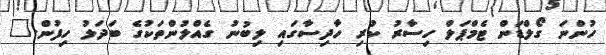
ހުންނަ ގޯލްޑަން ޓެމްޕަލް ހިސާރު ކުރި ހާދިސާގައި ލިބުނު ގެއްލުންތަކުގެ ބަދަލު ހިފުން."